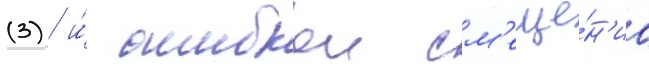
(3) и́ ошибкои см'еще́н'иа